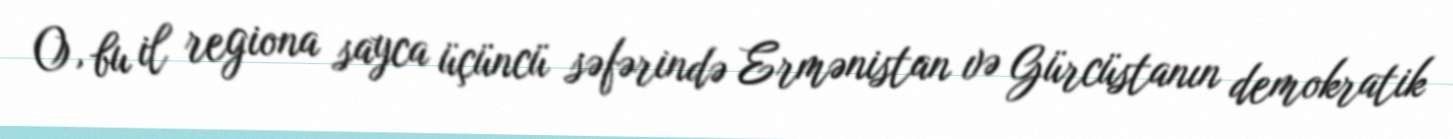
O, bu il regiona sayca üçüncü səfərində Ermənistan və Gürcüstanın demokratik